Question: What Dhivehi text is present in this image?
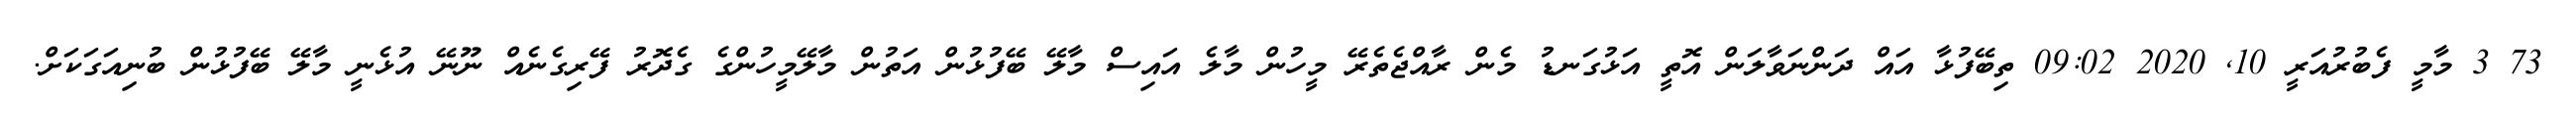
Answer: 73 3 މާމީ ފެބުރުއަރީ 10, 2020 09:02 ތިބޭފުޅާ އައް ދަންނަވާލަން އޮތީ އަޅުގަނޑު މެން ރާއްޖެތެރޭ މީހުން މާލެ އައިސް މާލޭ ބޭފުޅުން އަތުން މާލޭމީހުންގެ ގެދޮރު ފޭރިގެނެއް ނޫނޭ އުޅެނީ މާލޭ ބޭފުޅުން ބުނިއަގަކަށް.